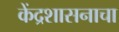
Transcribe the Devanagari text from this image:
केंद्रशासनाचा